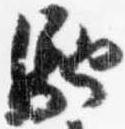
馳